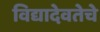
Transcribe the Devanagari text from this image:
विद्यादेवतेचे